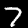
Label: 7